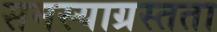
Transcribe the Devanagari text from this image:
समस्याग्रस्तता